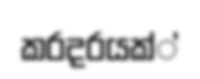
කරදරයක්්